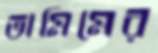
তামিমের